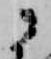
に